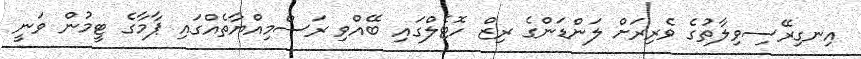
އިނގިރޭސިވިލާތުގެ ވެރިރަށް ލަންޑަންގެ ރިޒް ހޮޓެލްގައި ބޭއްވި ރަސްމިއްޔާތެއްގައި ޕާމާގެ ޓީމުން ވަނީ